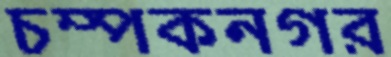
চম্পকনগর